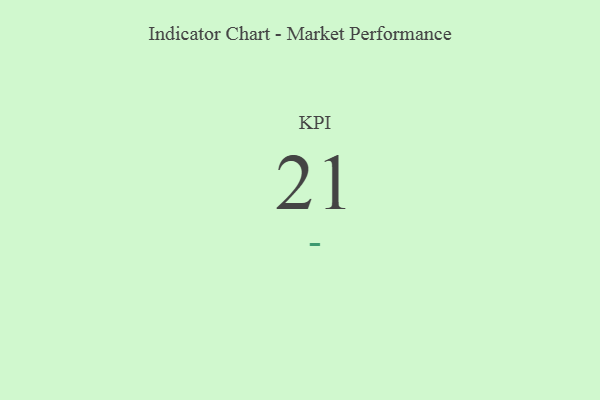
{"axis": {"x": "KPI", "y": "Value"}, "legend": [""], "data": [{"x": "KPI", "y": 21, "type": ""}]}